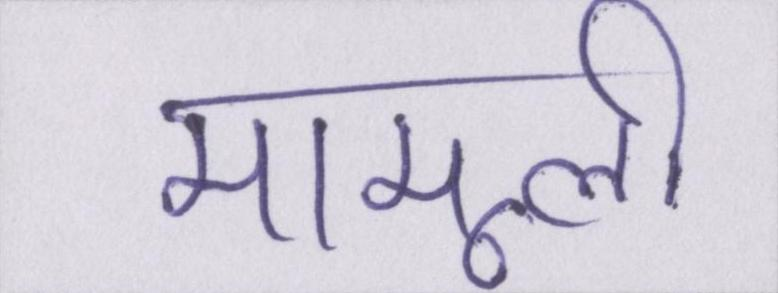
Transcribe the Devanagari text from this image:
मामूली